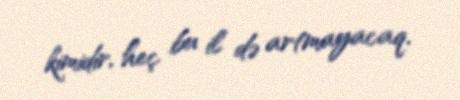
kimidir, heç bu il də artmayacaq.